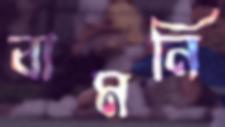
বামনি